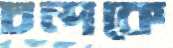
চন্দকে